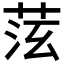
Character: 𦯫